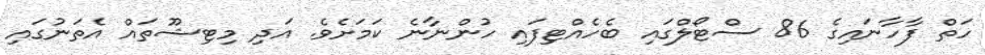
ހަތް ފާހާނައިގެ 86 ސްޓޯލްގައި ބެހެއްޓިފައި ހުންނާނެ ކަމަށެވެ. އަދި މިޓިޝޫތައް އެތަނުގައި